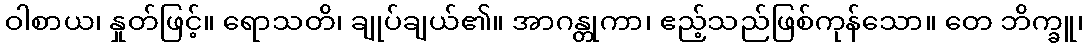
ဝါစာယ၊ နှုတ်ဖြင့်။ ရောသတိ၊ ချုပ်ချယ်၏။ အာဂန္တုကာ၊ ဧည့်သည်ဖြစ်ကုန်သော။ တေ ဘိက္ခူ၊